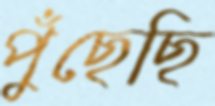
পুঁছেছি